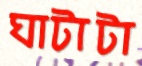
ঘাটাটা